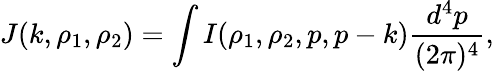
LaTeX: J(k,\rho_{1},\rho_{2})=\int I(\rho_{1},\rho_{2},p,p-k){\frac{d^{4}p}{(2\pi)^{4}}},